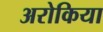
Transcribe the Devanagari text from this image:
अरोकिया